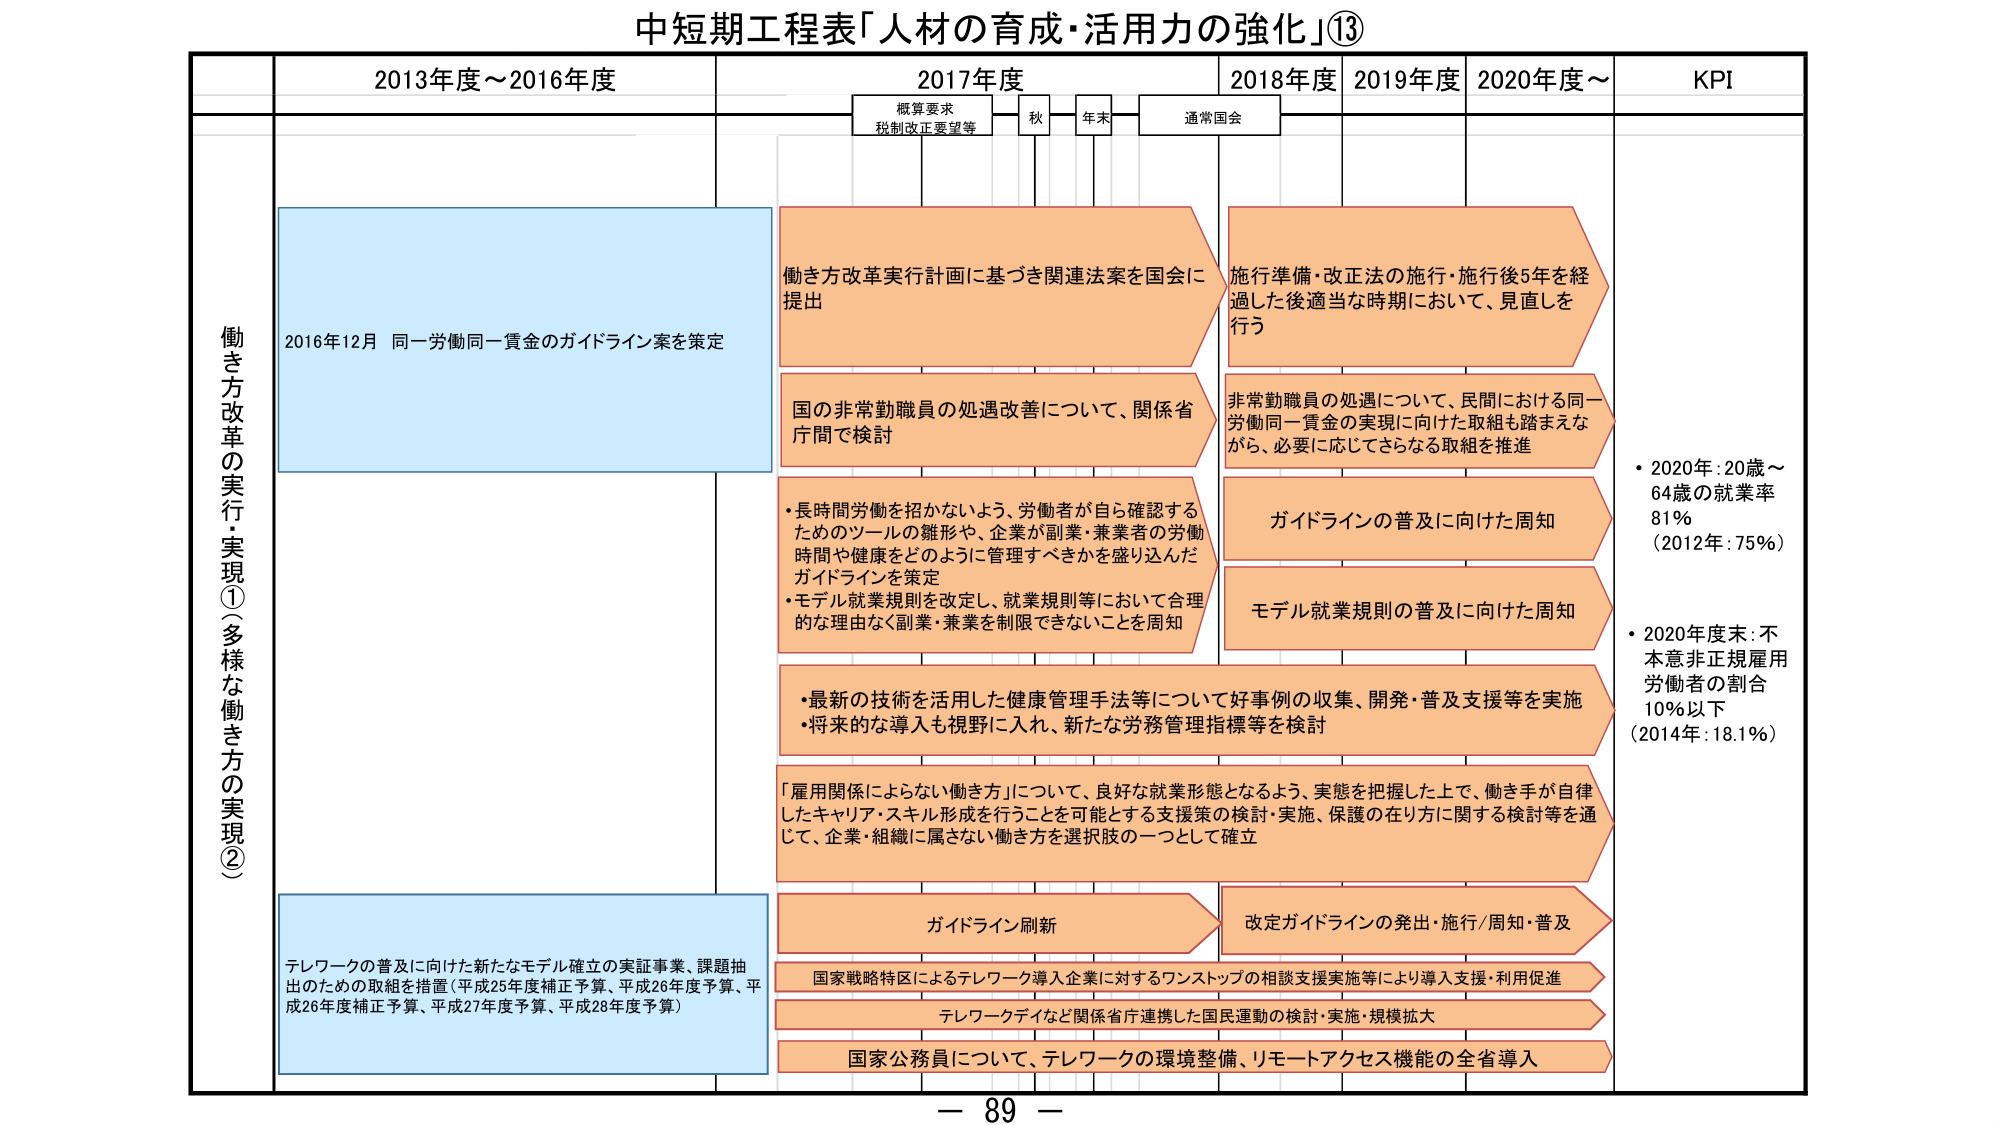
中短期工程表「人材の育成・活用力の強化」⑬

2013年度～2016年度
2017年度
2018年度
2019年度
2020年度～
KPI

概算要求
税制改正要望等
秋
年末
通常国会

働き方改革の実行・実現①（多様な働き方の実現②）

2016年12月 同一労働同一賃金のガイドライン案を策定

働き方改革実行計画に基づき関連法案を国会に提出

国の非常勤職員の処遇改善について、関係省庁間で検討

・長時間労働を招かないよう、労働者が自ら確認するためのツールの雛形や、企業が副業・兼業者の労働時間や健康をどのように管理すべきかを盛り込んだガイドラインを策定
・モデル就業規則を改定し、就業規則等において合理的な理由なく副業・兼業を制限できないことを周知

施行準備・改正法の施行・施行後5年を経過した後適当な時期において、見直しを行う

非常勤職員の処遇について、民間における同一労働同一賃金の実現に向けた取組も踏まえながら、必要に応じてさらなる取組を推進

ガイドラインの普及に向けた周知

モデル就業規則の普及に向けた周知

・最新の技術を活用した健康管理手法等について好事例の収集、開発・普及支援等を実施
・将来的な導入も視野に入れ、新たな労務管理指標等を検討

「雇用関係によらない働き方」について、良好な就業形態となるよう、実態を把握した上で、働き手が自律したキャリア・スキル形成を行うことを可能とする支援策の検討・実施、保護の在り方に関する検討等を通じて、企業・組織に属さない働き方を選択肢の一つとして確立

ガイドライン刷新

改定ガイドラインの発出・施行/周知・普及

国家戦略特区によるテレワーク導入企業に対するワンストップの相談支援実施等により導入支援・利用促進

テレワークデイなど関係省庁連携した国民運動の検討・実施・規模拡大

国家公務員について、テレワークの環境整備、リモートアクセス機能の全省導入

テレワークの普及に向けた新たなモデル確立の実証事業、課題抽出のための取組を措置（平成25年度補正予算、平成26年度予算、平成26年度補正予算、平成27年度予算、平成28年度予算）

・2020年：20歳～64歳の就業率 81% （2012年：75%）
・2020年度末：不本意非正規雇用労働者の割合 10%以下 （2014年：18.1%）

－ 89 －